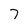
Character: 7